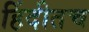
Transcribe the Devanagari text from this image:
हिंदीतच